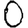
Digit: 0